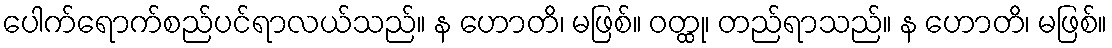
ပေါက်ရောက်စည်ပင်ရာလယ်သည်။ န ဟောတိ၊ မဖြစ်။ ဝတ္ထု၊ တည်ရာသည်။ န ဟောတိ၊ မဖြစ်။